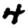
Digit: 4